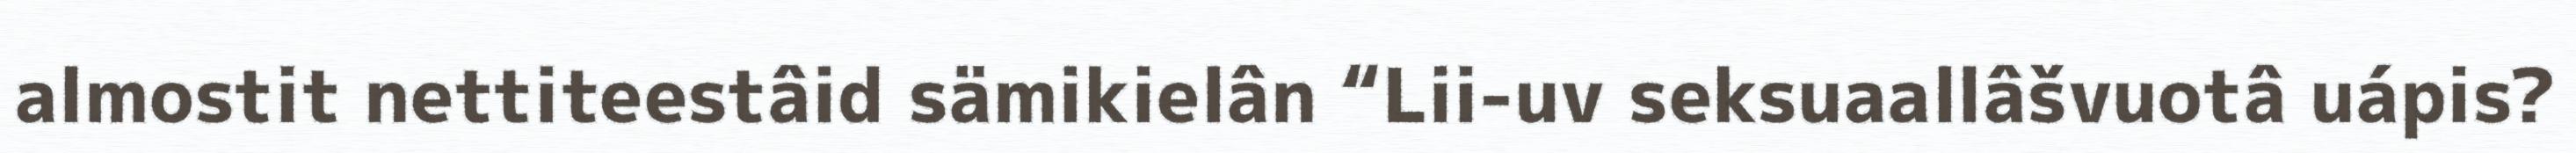
almostit nettiteestâid sämikielân “Lii-uv seksuaallâšvuotâ uápis?